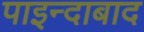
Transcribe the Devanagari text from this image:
पाइन्दाबाद